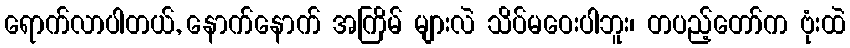
ရောက်လာပါတယ်, နောက်နောက် အကြိမ် များလဲ သိပ်မဝေးပါဘူး၊ တပည့်တော်က ဗုံးထဲ